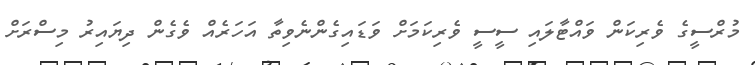
މުރްސީގެ ވެރިކަން ވައްޓާލައި ސީސީ ވެރިކަމަށް ވަޑައިގެންނެވިތާ އަހަރެއް ވެގެން ދިޔައިރު މިސްރަށް